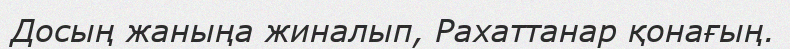
Досың жаныңа жиналып, Рахаттанар қонағың.